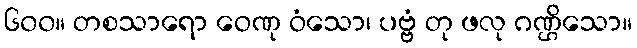
၆၀၀။ တစသာရော ဝေဏု ဝံသော၊ ပဗ္ဗံ တု ဖလု ဂဏ္ဌိသော။